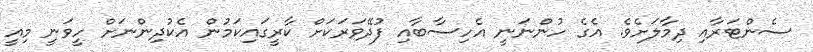
ސެންޓަރާއި ދިމާލަށެވެ. އެގެ ހުންނަނީ އެހިސާބާއި ފުދޭވަރަކަށް ކާރީގައިކަމުން އެކުދިންނަށް ހީވަނީ މިއީ